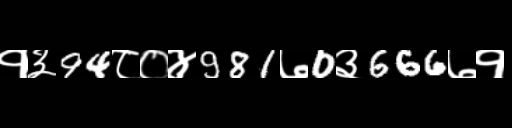
Text: १३94८०४981७0३666७१